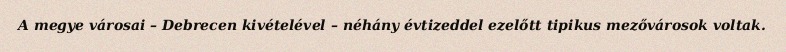
A megye városai – Debrecen kivételével – néhány évtizeddel ezelőtt tipikus mezővárosok voltak.